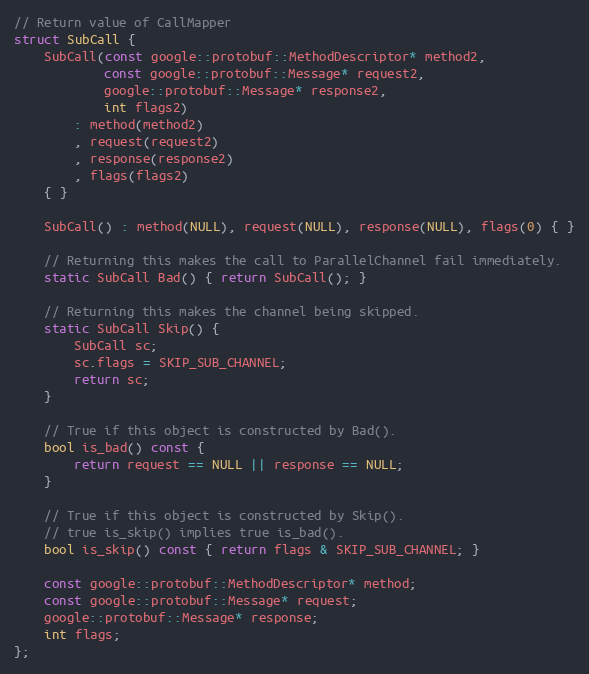
Language: C
// Return value of CallMapper
struct SubCall {
    SubCall(const google::protobuf::MethodDescriptor* method2,
            const google::protobuf::Message* request2,
            google::protobuf::Message* response2,
            int flags2)
        : method(method2)
        , request(request2)
        , response(response2)
        , flags(flags2)
    { }

    SubCall() : method(NULL), request(NULL), response(NULL), flags(0) { }

    // Returning this makes the call to ParallelChannel fail immediately.
    static SubCall Bad() { return SubCall(); }

    // Returning this makes the channel being skipped.
    static SubCall Skip() {
        SubCall sc;
        sc.flags = SKIP_SUB_CHANNEL;
        return sc;
    }

    // True if this object is constructed by Bad().
    bool is_bad() const {
        return request == NULL || response == NULL;
    }

    // True if this object is constructed by Skip().
    // true is_skip() implies true is_bad().
    bool is_skip() const { return flags & SKIP_SUB_CHANNEL; }

    const google::protobuf::MethodDescriptor* method;
    const google::protobuf::Message* request;
    google::protobuf::Message* response;
    int flags;
};